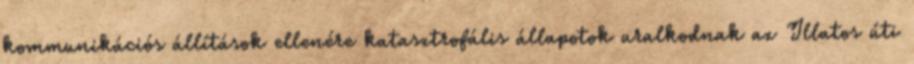
kommunikációs állítások ellenére katasztrofális állapotok uralkodnak az Illatos úti